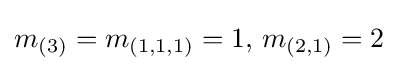
m_{(3)}=m_{(1,1,1)}=1,\,m_{(2,1)}=2